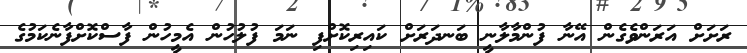
ރަށަށް އަރަންވެގެން އޭނާ ފުންމާލާނީ ބަނދަރަށް ކައިރިކޮށްފި ނަމަ ފުލުހުން އެމީހުން ފާސްކޮށްފާނެކަމުގެ